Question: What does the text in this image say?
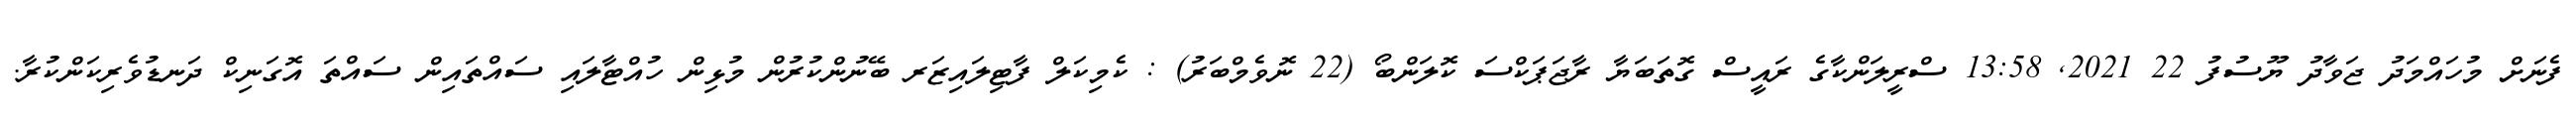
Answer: ފެނަށް މުހައްމަދު ޖަވާދު ޔޫސުފު 22 2021, 13:58 ސްރީލަންކާގެ ރައީސް ގޮތަބަޔާ ރާޖަޕަކްސަ ކޮލަންބޯ (22 ނޮވެމްބަރު) : ކެމިކަލް ފާޓިލައިޒަރ ބޭނުންކުރުން މުޅިން ހުއްޓާލައި ސައްތައިން ސައްތަ އޮގަނިކް ދަނޑުވެރިކަންކުރާ.